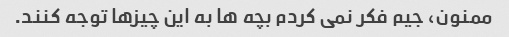
ممنون، جیم فکر نمی کردم بچه ها به این چیزها توجه کنند.